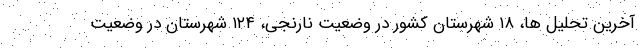
آخرین تحلیل ها، ۱۸ شهرستان کشور در وضعیت نارنجی، ۱۲۴ شهرستان در وضعیت